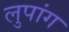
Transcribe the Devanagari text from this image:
लुपांग